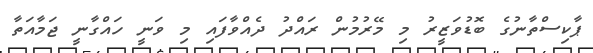
ޕާކިސްތާނުގެ ބޮޑުވަޒީރު މި މޭރުމުން ރައްދު ދެއްވާފައި މި ވަނީ ހައްގާނީ ޖަމާއަތާ